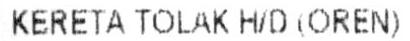
KERRTA TOLAK H/D (OREN)